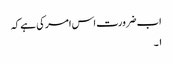
اب ضرورت اس امر کی ہے کہ
۱۔